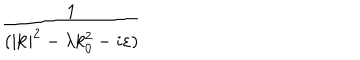
LaTeX: \frac { 1 } { ( | \mathbf { k } | ^ { 2 } - \lambda k _ { 0 } ^ { 2 } - i \varepsilon ) }